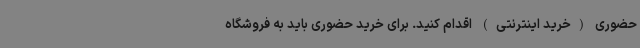
حضوری (خرید اینترنتی) اقدام کنید. برای خرید حضوری باید به فروشگاه